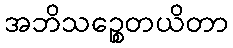
အဘိသဉ္စေတယိတာ